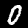
Digit: 0